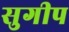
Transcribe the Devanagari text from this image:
सुगीप